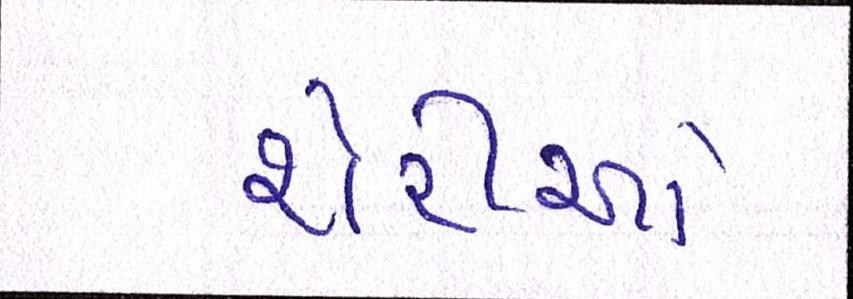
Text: શેરીઓ